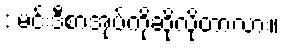
: မင်းဒီစာအုပ်ကိုဆိုလိုတာလား။